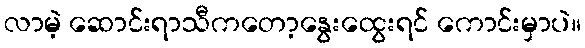
လာမဲ့ ဆောင်းရာသီကတော့နွေးထွေးရင် ကောင်းမှာပဲ။